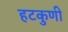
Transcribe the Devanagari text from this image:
हटकुणी